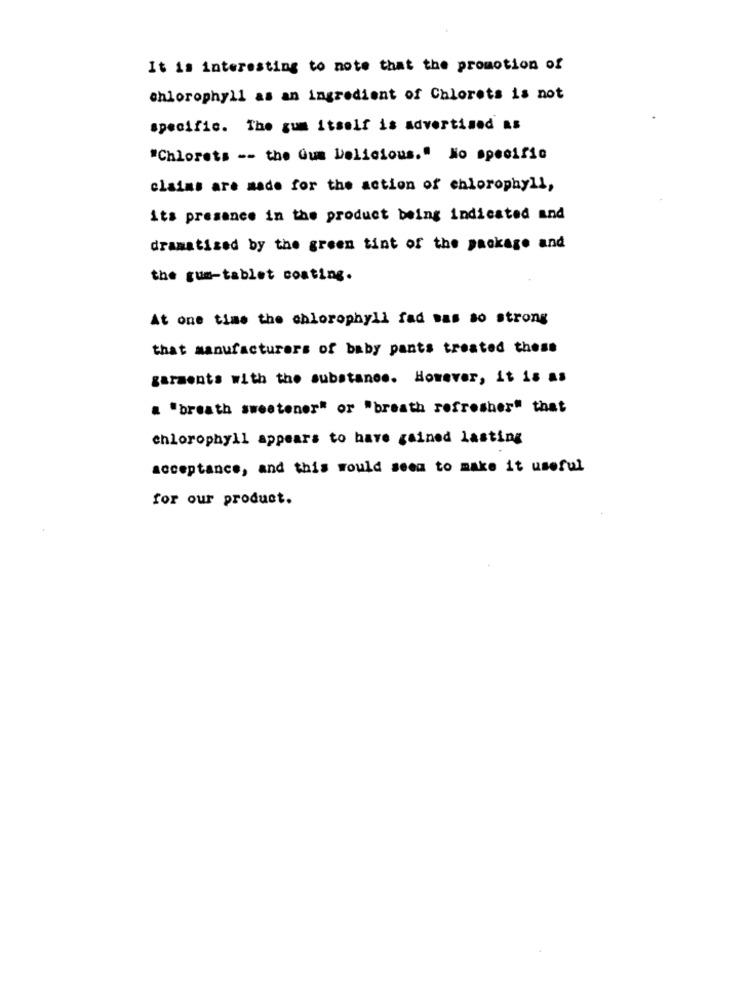
It is interesting to note that the promotion of
chlorophyll as an ingredient of Chlorets is not
specific. The gum itself is advertised as
"Chlorets -- the Gum Delicious." No specific
claims are made for the action of chlorophyll,
its presence in the product being indicated and
dramatized by the green tint of the package and
the rum-tablet coating.
At one time the chlorophyll fad mas so strong
that manufacturers of baby pants treated these
garments with the substance. However, it is as
a "breath sweetener" or "breath refresher" that
chlorophyll appears to have gained lasting
acceptance, and this would seem to make it useful
for our product.